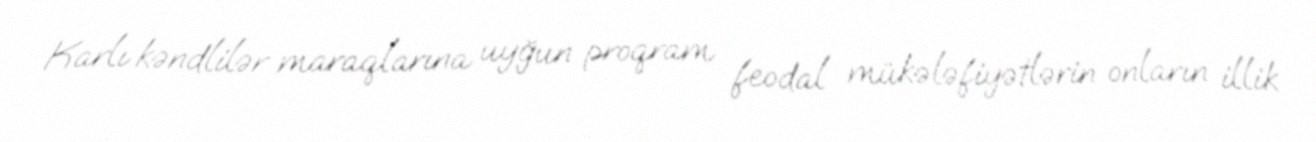
Karlı kəndlilər maraqlarına uyğun proqram feodal mükələfiyətlərin onların illik